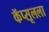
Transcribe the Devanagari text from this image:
कॅप्सूलला